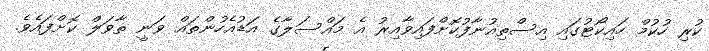
ކުރި ހުކުމް ހައިކޯޓުގައި އިސްތިއުނާފުކޮށްފައިވާއިރު އެ މައްސަލާގެ އަޑުއެހުންތައް ވަނީ ތާވަލް ކޮށްފައެވެ.